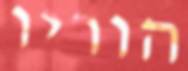
הוריו